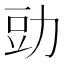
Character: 𮷋